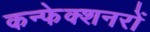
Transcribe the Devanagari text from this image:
कन्फेक्शनरों